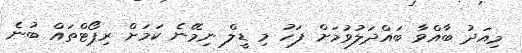
މިއަދު ބާއްވާ ބައްދަލުވުމަށް ފަހު މި ޑީލް ނިމޭނެ ކަމަށް ރިޕޯޓްތައް ބުނެ